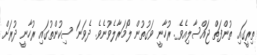
ތިރީގައި ތުންފަތް ޖައްސާލިއެވެ. ރުހާނީ ވަގުތުން ލޯމަރާލެވުނެވެ. ދެވަނަ ސިކުންތުގައި ރުހާނީ ދުރަށް